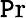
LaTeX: \operatorname*{\mathtt{P}r}